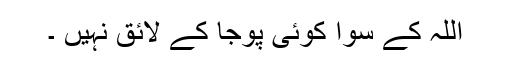
اللہ کے سوا کوئی پوجا کے لائق نہیں ۔